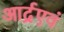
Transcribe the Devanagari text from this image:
आर्द्रएवं